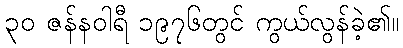
၃၀ ဇန်နဝါရီ ၁၉၇၆တွင် ကွယ်လွန်ခဲ့၏။